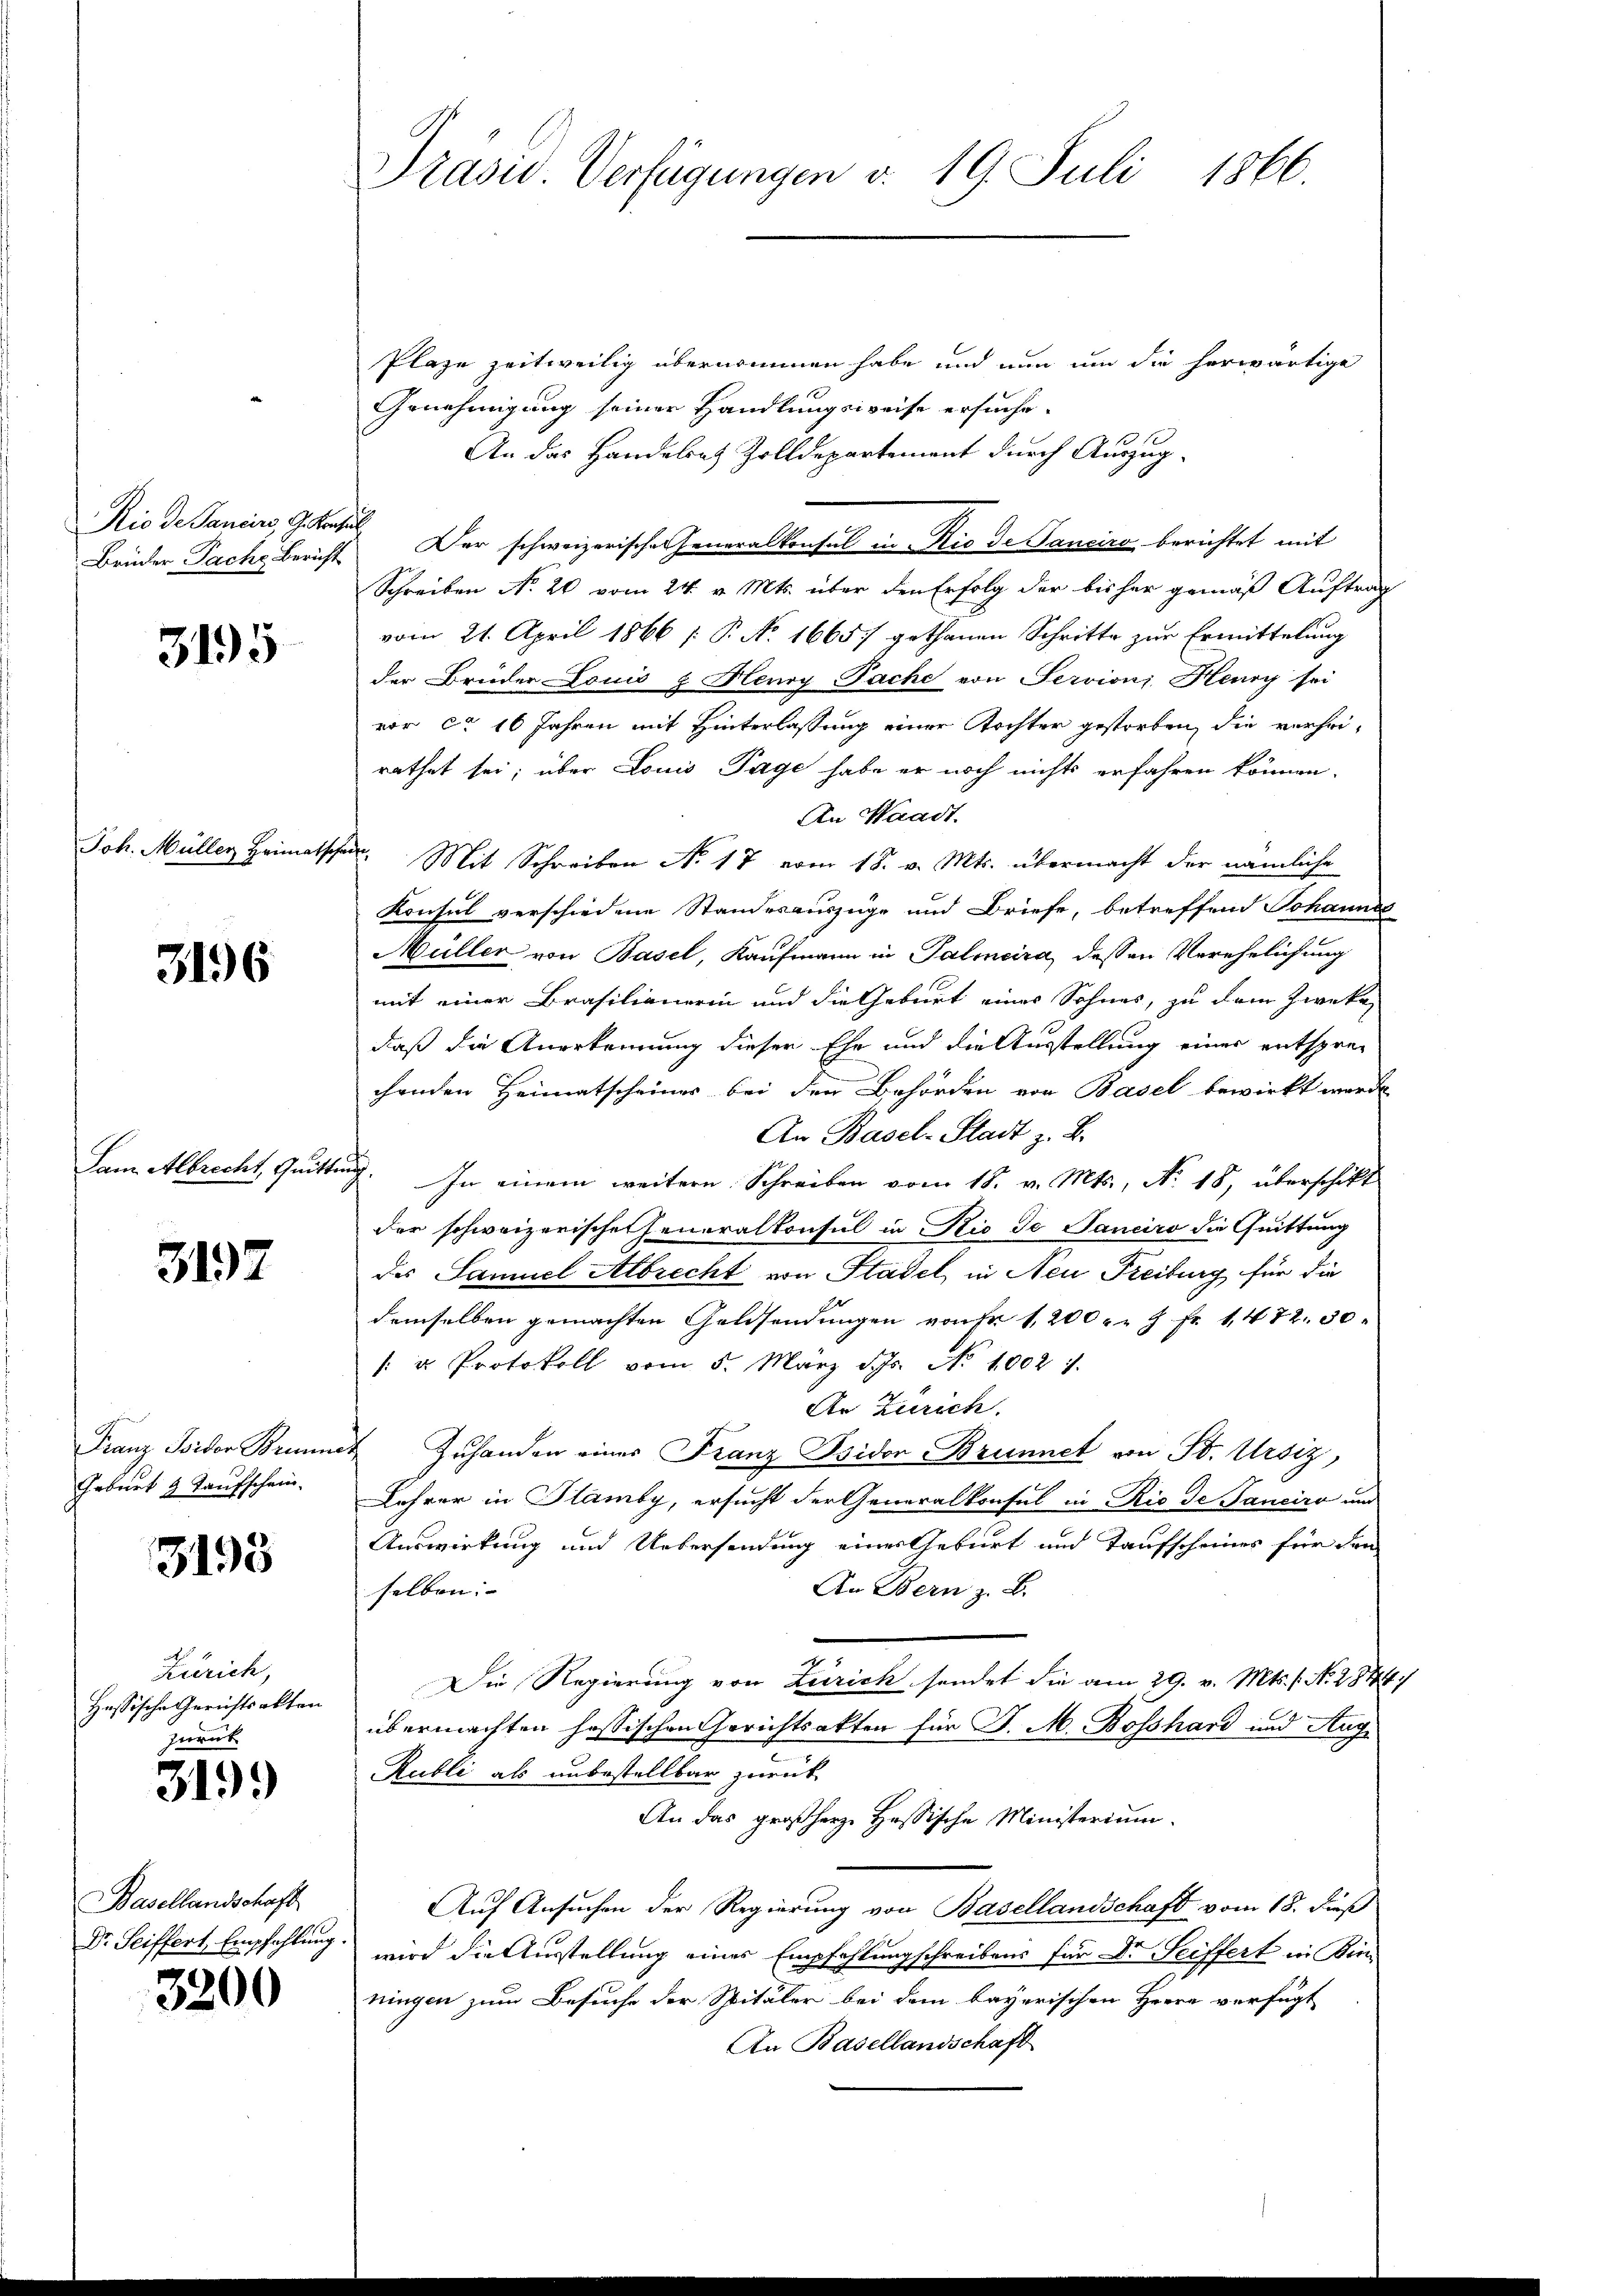
Rio de Panciers, G. Kran

3195

Joh. Müller Heimatsch

3196

Dam Albrecht, Quitte

3197

Franz Isidor Brie
Geburt & Taufschein.

3198

Zürich,
Hassische Gerichtsakten
zurück

319.

Basellandschaft
Dr. Seiffert, Empfehlung

3200

Präsid. Verfügungen v. 19. Juli 1866.

Plaze zeitweilig übernommen habe und nun um die herwärtige
Genehmigung seiner Handlungsweise ersuche.
An das Handelsatz Zolldepartement durch Auszug¬
Brüder Fache Bericht. Der schweizerische Generalkonsul in Rio de Tancire berichtet mit
Schreiben No 20 vom 24. v. Mts. über den Erfolg der bisher gemäß Auftrag
vom 21. April 1866 [ P. No 1665) gethanen Schritte zur Ermittelung
der Brüder Louis & Henry Pache von Servioni Henry sei
vor ca 16 Jahren mit Hinterlassung einer Tochter gestorben, die verhei-
rathet sei; über Louis Tage habe er noch nichts erfahren können.
An Waadt.
ue. Mit Schreiben No 17 vom 18. v. Mts. übermacht der nämliche
Konsul verschiedene Standesauszüge und Briefe, betreffend Johanne
Müller von Basel, Kaufmann in Palmeira, dessen Verehelichung
mit einer Brasilianerin und die Geburt eines Sohnes, zu dem Zwekadaß die Anerkennung dieser Ehe und die Ausstellung einer entsprechenden Heimatscheines bei den Behörden von Basel bewirkt werde
An Basel-Stadt z. B.
2. In einem weitere Schreiben vom 18. v. Mts., No. 18, überschickt
der schweizerischen Generalkonsul in Rio de Sanciro die Quittung
des Samuel Albrecht von Stadel in Neu Freiburg für die
demselben gemachten Geldsendungen von Fr. 1200 u. 7 fr. 1472. 30
[ u. Protokoll vom 5. März d. Js. No 10021.
An Zürich.
 Zuhanden eines Franz Psidor Brunnet von St. Ursiz,
Lehrer in Plamby, ersucht der Generalkonsul in Rio de Tanciro und
Auswirkung und Uebersendung einer Geburt und Taufscheines für den
An Bern z. B.
selben: |
Die Regierung von Zürich sendet die am 29. v. Mts. f. No. 2844
übermachten hassischen Gerichtsakten für J. M. Bosshard und Auf¬
Rubli als unbestellbar zurück
An das großherz. Hassische Ministerium
Auf Ansuchen der Regierung von Basellandschaft vom 18. dieß
wird die Ausstellung eines Empfehlungschreibens für Dr. Seiffert in Kintingen zum Besuche der Spitäler bei dem bayerischen Herrn verfügt
An Basellandschaft